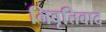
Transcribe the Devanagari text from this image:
निवृत्तिवाद